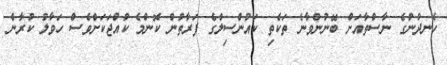
ހެނދުނުގެ ނާސްތާއަށް ބޭނުންވާނެ ތަކެތި ކައުންސިލްގެ ފަރާތުން ކޮންމެ ކުއްޖަކަށްވެސް ހަވާލު ކުރާނެ